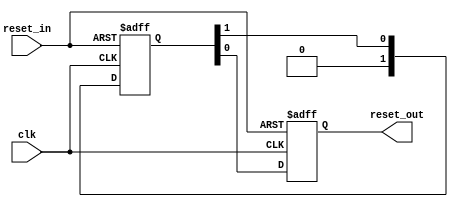
// Copyright(c) 2017, Intel Corporation
//
// Redistribution  and  use  in source  and  binary  forms,  with  or  without
// modification, are permitted provided that the following conditions are met:
//
// * Redistributions of  source code  must retain the  above copyright notice,
//   this list of conditions and the following disclaimer.
// * Redistributions in binary form must reproduce the above copyright notice,
//   this list of conditions and the following disclaimer in the documentation
//   and/or other materials provided with the distribution.
// * Neither the name  of Intel Corporation  nor the names of its contributors
//   may be used to  endorse or promote  products derived  from this  software
//   without specific prior written permission.
//
// THIS SOFTWARE IS PROVIDED BY THE COPYRIGHT HOLDERS AND CONTRIBUTORS "AS IS"
// AND ANY EXPRESS OR IMPLIED WARRANTIES, INCLUDING,  BUT NOT LIMITED TO,  THE
// IMPLIED WARRANTIES OF  MERCHANTABILITY AND FITNESS FOR A PARTICULAR PURPOSE
// ARE DISCLAIMED.  IN NO EVENT  SHALL THE COPYRIGHT OWNER  OR CONTRIBUTORS BE
// LIABLE  FOR  ANY  DIRECT,  INDIRECT,  INCIDENTAL,  SPECIAL,  EXEMPLARY,  OR
// CONSEQUENTIAL  DAMAGES  (INCLUDING,  BUT  NOT LIMITED  TO,  PROCUREMENT  OF
// SUBSTITUTE GOODS OR SERVICES;  LOSS OF USE,  DATA, OR PROFITS;  OR BUSINESS
// INTERRUPTION)  HOWEVER CAUSED  AND ON ANY THEORY  OF LIABILITY,  WHETHER IN
// CONTRACT,  STRICT LIABILITY,  OR TORT  (INCLUDING NEGLIGENCE  OR OTHERWISE)
// ARISING IN ANY WAY OUT OF THE USE OF THIS SOFTWARE,  EVEN IF ADVISED OF THE
// POSSIBILITY OF SUCH DAMAGE.



// $Id: //acds/rel/17.0/ip/merlin/altera_reset_controller/altera_reset_synchronizer.v#1 $
// $Revision: #1 $
// $Date: 2017/02/12 $
// $Author: swbranch $

// -----------------------------------------------
// Reset Synchronizer
// -----------------------------------------------
`timescale 1 ns / 1 ns

module altera_reset_synchronizer
#(
    parameter ASYNC_RESET = 1,
    parameter DEPTH       = 2
)
(
    input   reset_in /* synthesis ALTERA_ATTRIBUTE = "SUPPRESS_DA_RULE_INTERNAL=R101" */,

    input   clk,
    output  reset_out
);

    // -----------------------------------------------
    // Synchronizer register chain. We cannot reuse the
    // standard synchronizer in this implementation
    // because our timing constraints are different.
    //
    // Instead of cutting the timing path to the d-input
    // on the first flop we need to cut the aclr input.
    //
    // We omit the "preserve" attribute on the final
    // output register, so that the synthesis tool can
    // duplicate it where needed.
    // -----------------------------------------------
    (*preserve*) reg [DEPTH-1:0] altera_reset_synchronizer_int_chain;
    reg altera_reset_synchronizer_int_chain_out;

    generate if (ASYNC_RESET) begin

        // -----------------------------------------------
        // Assert asynchronously, deassert synchronously.
        // -----------------------------------------------
        always @(posedge clk or posedge reset_in) begin
            if (reset_in) begin
                altera_reset_synchronizer_int_chain <= {DEPTH{1'b1}};
                altera_reset_synchronizer_int_chain_out <= 1'b1;
            end
            else begin
                altera_reset_synchronizer_int_chain[DEPTH-2:0] <= altera_reset_synchronizer_int_chain[DEPTH-1:1];
                altera_reset_synchronizer_int_chain[DEPTH-1] <= 0;
                altera_reset_synchronizer_int_chain_out <= altera_reset_synchronizer_int_chain[0];
            end
        end

        assign reset_out = altera_reset_synchronizer_int_chain_out;

    end else begin

        // -----------------------------------------------
        // Assert synchronously, deassert synchronously.
        // -----------------------------------------------
        always @(posedge clk) begin
            altera_reset_synchronizer_int_chain[DEPTH-2:0] <= altera_reset_synchronizer_int_chain[DEPTH-1:1];
            altera_reset_synchronizer_int_chain[DEPTH-1] <= reset_in;
            altera_reset_synchronizer_int_chain_out <= altera_reset_synchronizer_int_chain[0];
        end

        assign reset_out = altera_reset_synchronizer_int_chain_out;

    end
    endgenerate

endmodule